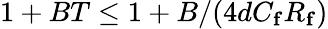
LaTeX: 1+BT\leq 1+B/(4dC_{\mathbf{f}}R_{\mathbf{f}})